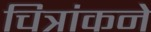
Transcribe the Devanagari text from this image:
चित्रांकने